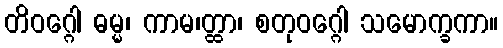
တိဝဂ္ဂေါ ဓမ္မ၊ ကာမ၊တ္ထာ၊ စတုဝဂ္ဂေါ သမောက္ခကာ။